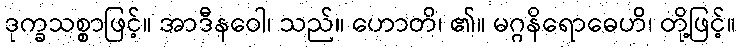
ဒုက္ခသစ္စာဖြင့်။ အာဒီနဝေါ၊ သည်။ ဟောတိ၊ ၏။ မဂ္ဂနိရောဓေဟိ၊ တို့ဖြင့်။